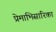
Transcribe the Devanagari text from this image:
प्रेमाभिसारिका